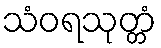
သံဝရသုတ္တံ